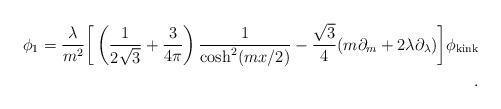
LaTeX: \begin{align*}\phi_1=\frac{\lambda}{m^2}{\bigg [ } \left(\frac{1}{2\sqrt{3}}+\frac{3}{4\pi}\right)\frac{1}{\cosh^2(mx/2)}-\frac{\sqrt{3}}{4}(m\partial_m+2\lambda\partial_{\lambda}){\bigg] }\phi_{\rm kink}\\ .\end{align*}